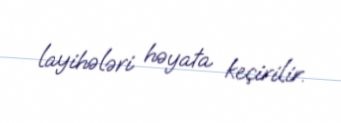
layihələri həyata keçirilir.